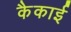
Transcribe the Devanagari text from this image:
कैकाई